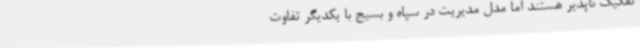
تفکیک ناپذیر هستند اما مدل مدیریت در سپاه و بسیج با یکدیگر تفاوت